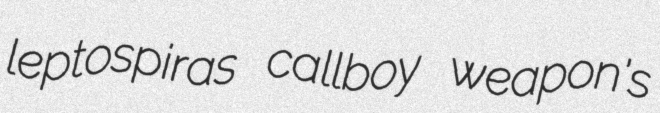
leptospiras callboy weapon's